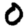
Digit: 0